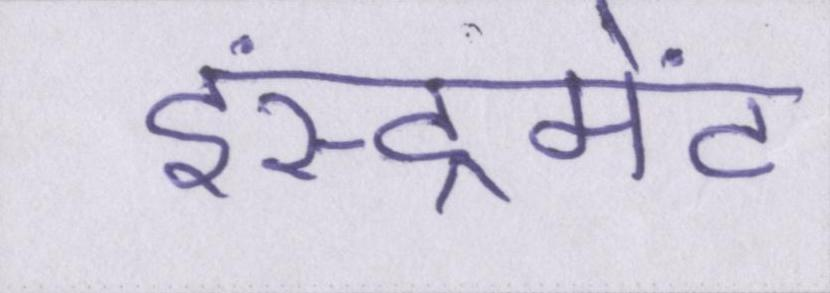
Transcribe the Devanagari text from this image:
इंस्ट्रूमेंट